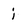
Character: i